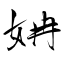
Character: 姌